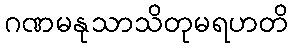
ဂဏမနုသာသိတုမရဟတိ